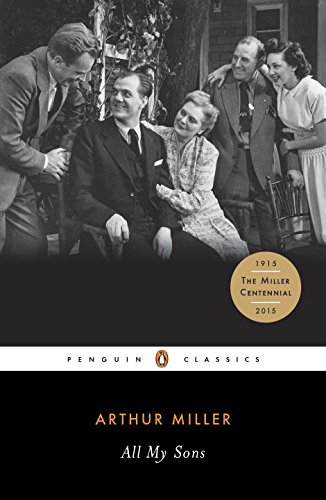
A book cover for All My Sons (Penguin Classics); Arthur Miller; Literature & Fiction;